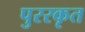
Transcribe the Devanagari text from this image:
पुररकृत